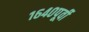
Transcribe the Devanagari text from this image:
१६४०पूर्वी